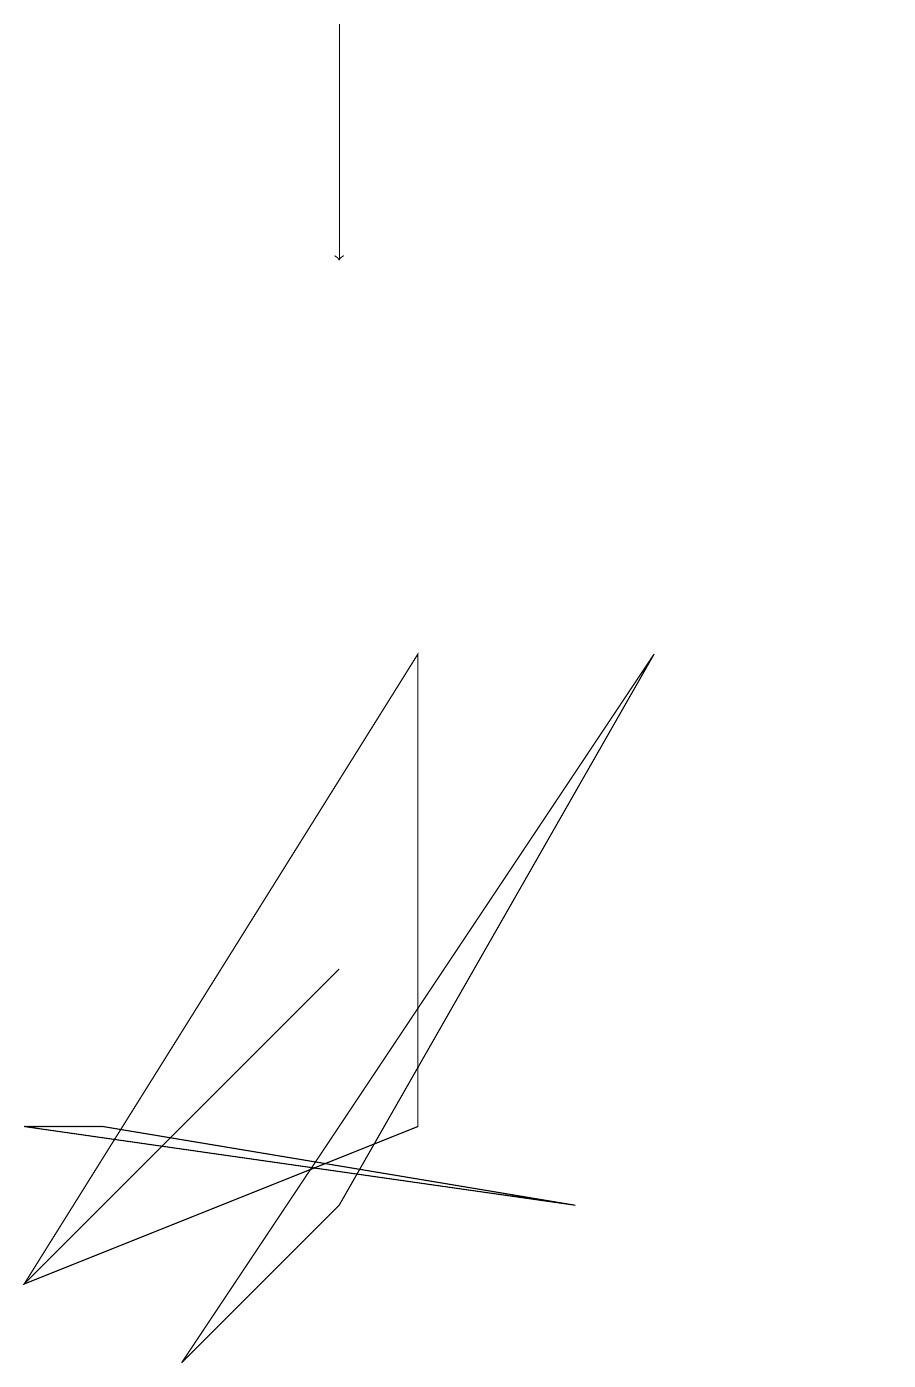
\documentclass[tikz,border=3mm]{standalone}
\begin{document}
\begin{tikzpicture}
\draw (11,12) circle (0);
\draw (8,9) -- (2,0) -- (4,2) -- cycle;
\draw[->] (4,17) -- (4,14);
\draw (5,9) -- (0,1) -- (5,3) -- cycle;
\draw (0,3) -- (1,3) -- (7,2) -- cycle;
\draw (1,2) -- (4,5) -- (0,1) -- cycle;
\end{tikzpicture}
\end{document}